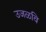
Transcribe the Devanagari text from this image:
उजळवि